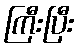
ကြီးပြီး